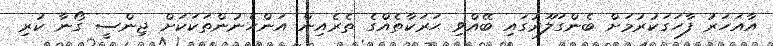
އާއަހަރު ފާހަގަކުރުމަށް ބެންގަލޫރުގައި ބޭއްވި ޙަރަކާތެއްގެ ތެރެއިން އަންހެނުންތަކަކަށް ޖިންސީ ގޯނާ ކުރި